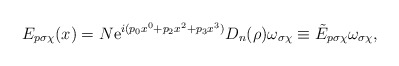
\begin{align*}E_{p\sigma\chi}(x) = N {\rm e}^{i (p_0x^0 + p_2x^2 + p_3x^3)} D_n(\rho) \omega_{\sigma\chi} \equiv \tilde{E}_{p\sigma\chi} \omega_{\sigma\chi},\end{align*}